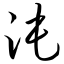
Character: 沌